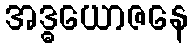
အဒ္ဓယောဇနေ